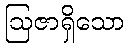
ဩဇာရှိသော